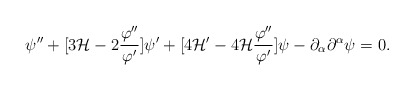
\begin{align*}\psi'' + [3 {\cal H} - 2 \frac{\varphi''}{\varphi'}] \psi' + [ 4 {\cal H}' - 4 {\cal H} \frac{\varphi''}{\varphi'}] \psi - \partial_{\alpha}\partial^{\alpha} \psi=0.\end{align*}